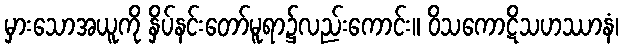
မှားသောအယူကို နှိပ်နင်းတော်မူရာ၌လည်းကောင်း။ ဝိသကောဋိသဟဿာနံ၊